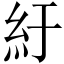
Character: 紆